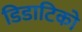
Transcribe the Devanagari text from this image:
डिडाटिको